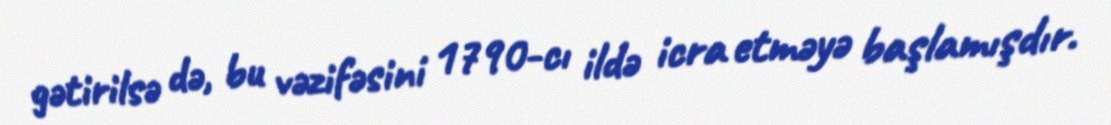
gətirilsə də, bu vəzifəsini 1790-cı ildə icra etməyə başlamışdır.